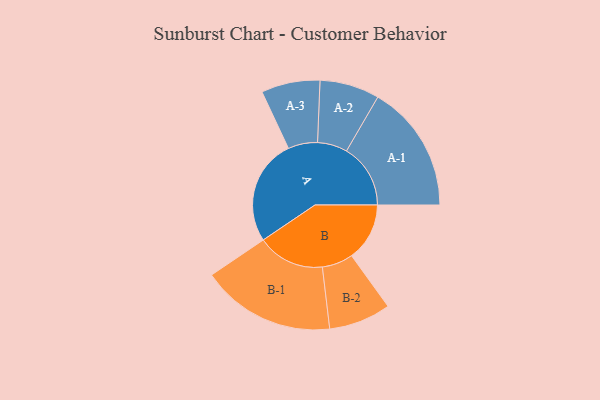
{"axis": {"x": "Segment", "y": "Value"}, "legend": ["", "A", "B"], "data": [{"x": "A", "y": 440, "type": ""}, {"x": "B", "y": 241, "type": ""}, {"x": "A-1", "y": 266, "type": "A"}, {"x": "A-2", "y": 124, "type": "A"}, {"x": "A-3", "y": 122, "type": "A"}, {"x": "B-1", "y": 279, "type": "B"}, {"x": "B-2", "y": 129, "type": "B"}]}